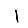
Digit: 1